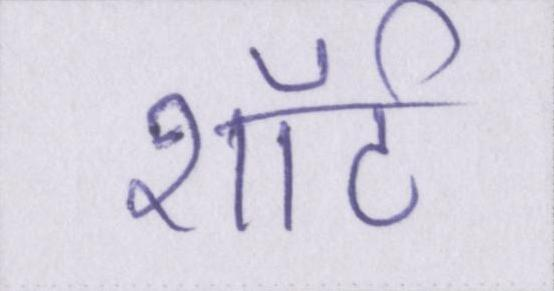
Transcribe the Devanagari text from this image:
शॉर्ट